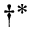
\dagger ^ { * }